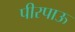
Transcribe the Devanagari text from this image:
पीरपाऊ